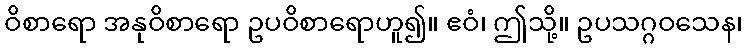
ဝိစာရော အနုဝိစာရော ဥပဝိစာရောဟူ၍။ ဧဝံ၊ ဤသို့။ ဥပသဂ္ဂဝသေန၊